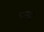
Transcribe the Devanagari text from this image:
चरमत